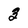
Character: 3